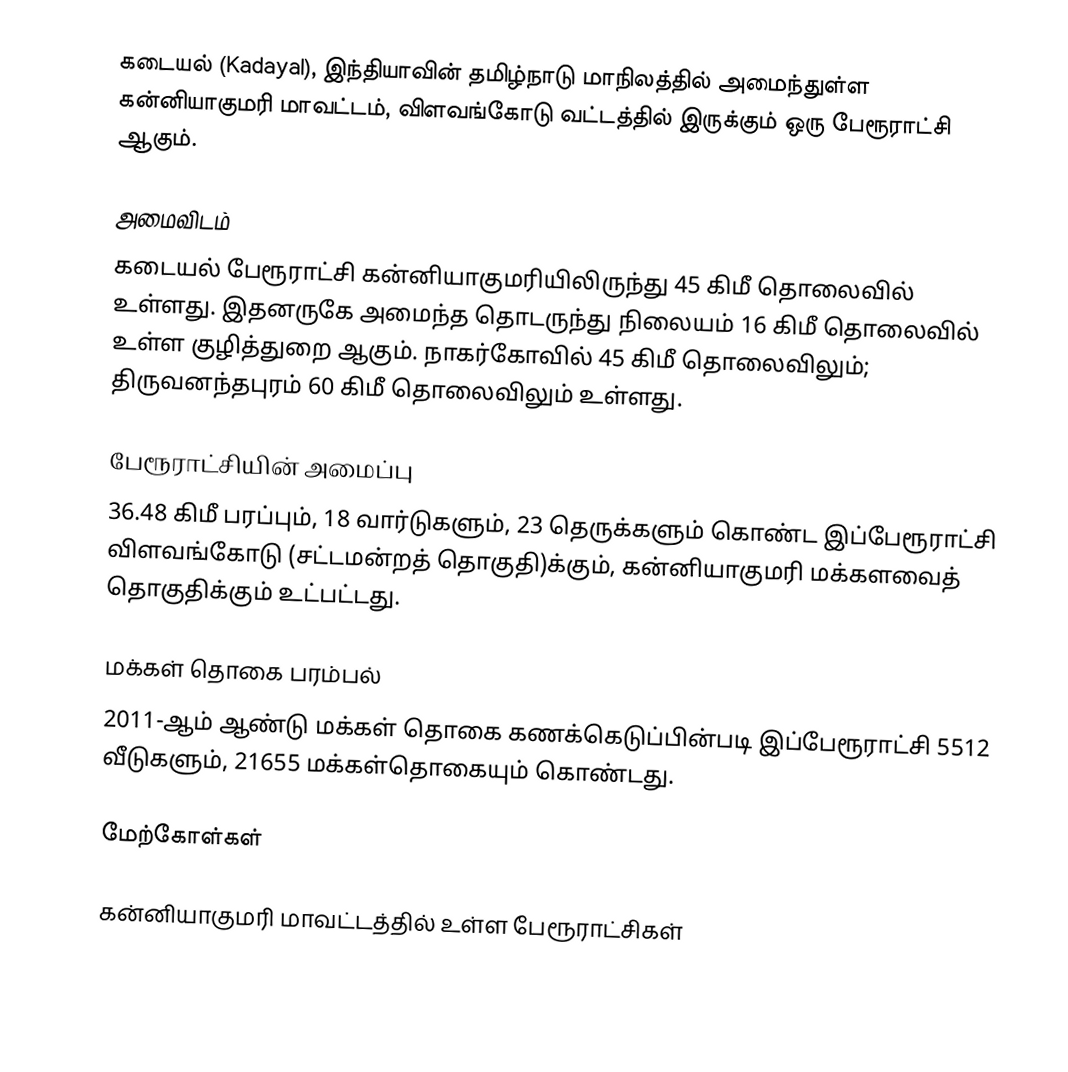
கடையல் (Kadayal), இந்தியாவின் தமிழ்நாடு மாநிலத்தில் அமைந்துள்ள கன்னியாகுமரி மாவட்டம், விளவங்கோடு வட்டத்தில் இருக்கும் ஒரு பேரூராட்சி ஆகும்.

அமைவிடம்
கடையல் பேரூராட்சி கன்னியாகுமரியிலிருந்து 45 கிமீ தொலைவில் உள்ளது. இதனருகே அமைந்த தொடருந்து நிலையம்  16 கிமீ தொலைவில் உள்ள குழித்துறை ஆகும்.  நாகர்கோவில் 45 கிமீ தொலைவிலும்; திருவனந்தபுரம் 60 கிமீ தொலைவிலும் உள்ளது.

பேரூராட்சியின் அமைப்பு
36.48 கிமீ  பரப்பும், 18  வார்டுகளும், 23 தெருக்களும் கொண்ட இப்பேரூராட்சி விளவங்கோடு   (சட்டமன்றத் தொகுதி)க்கும், கன்னியாகுமரி மக்களவைத் தொகுதிக்கும் உட்பட்டது.

மக்கள் தொகை பரம்பல்
2011-ஆம் ஆண்டு மக்கள் தொகை கணக்கெடுப்பின்படி  இப்பேரூராட்சி                           5512 வீடுகளும், 21655 மக்கள்தொகையும் கொண்டது.

மேற்கோள்கள்

கன்னியாகுமரி மாவட்டத்தில் உள்ள பேரூராட்சிகள்